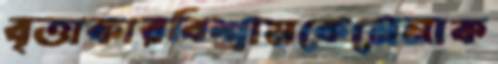
বৃত্তাকারবিশ্রামকেমেনাক